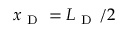
x _ { \mathrm { ~ D ~ } } = L _ { \mathrm { ~ D ~ } } / 2